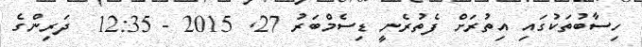
ހިސާބުތަކުގައި އިތުރަށް ފެތުރެނީ ޑިސެމްބަރު 27